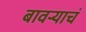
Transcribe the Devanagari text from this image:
बावऱ्याचं